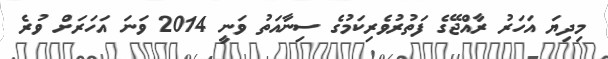
މިދިޔަ އަހަރު ރާއްޖޭގެ ފަތުރުވެރިކަމުގެ ސިނާއަތު ވަނީ 2014 ވަނަ އަހަރަށް ވުރެ